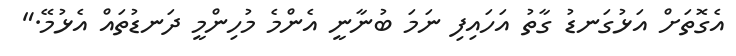
އެގޮތަށް އަޅުގަނޑު ގާތު އަހައިފި ނަމަ ބުނާނީ އެންމެ މުހިންމީ ދަނޑުތައް އެޅުމޭ."